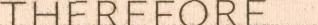
therefore